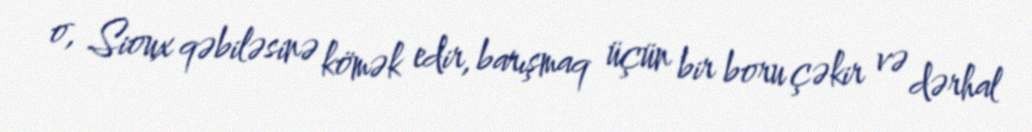
o, Sioux qəbiləsinə kömək edir, barışmaq üçün bir boru çəkir və dərhal